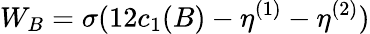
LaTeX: W_{B}=\sigma(12c_{1}(B)-\eta^{(1)}-\eta^{(2)})